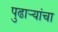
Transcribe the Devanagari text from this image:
पुढाऱ्यांचा